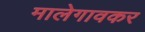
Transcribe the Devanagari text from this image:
मालेगावकर